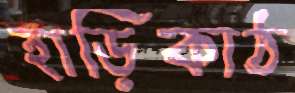
হাড়িকাঠ